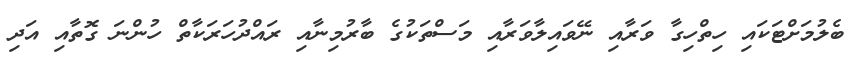
ބެލުމަށްޓަކައި ހިތްހިގާ ވަރާއި ނޭވައިލާވަރާއި މަސްތަކުގެ ބާރުމިނާއި ރައްދުހަރަކާތް ހުންނަ ގޮތާއި އަދި